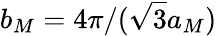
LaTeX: b_{M}=4\pi/(\sqrt{3}a_{M})